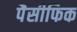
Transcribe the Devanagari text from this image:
पैसीफिक